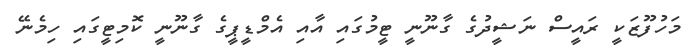
މަހުފޫޒަކީ ރައީސް ނަޝީދުގެ ގާނޫނީ ޓީމުގައި އާއި އެމްޑީޕީގެ ގާނޫނީ ކޮމިޓީގައި ހިމެނޭ